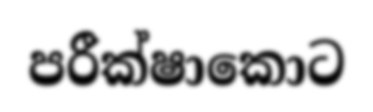
පරීක්ෂාකොට